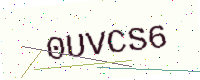
Text: 0UVCS6